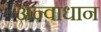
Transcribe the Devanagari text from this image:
अन्वाधान